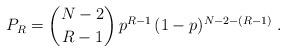
LaTeX: \begin{align*} P_R = {N-2 \choose R-1} \, p^{R-1} \, (1-p)^{N-2-(R-1)}\;.\end{align*}